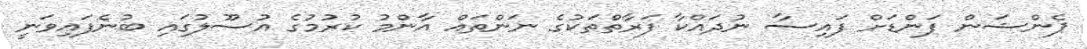
ޕެންޝަން ފަންޑަށް ފައިސާ ނުދައްކާ ފަރާތްތަކުގެ ނަންތައް އާންމު ކުރުމުގެ އުސޫލުގައި ބުނެފައިވަނީ